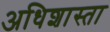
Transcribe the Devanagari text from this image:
अधिशास्ता